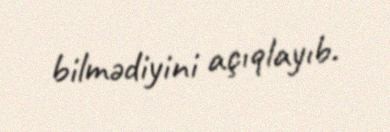
bilmədiyini açıqlayıb.